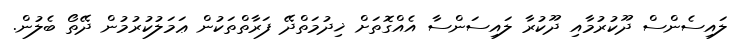
ލައިސެންސް ދޫކުރުމާއި ދޫކުރާ ލައިސަންސާ އެއްގޮތަށް ޚިދުމަތްދޭ ފަރާތްތަކުން ޢަމަލުކުރުމުން ދޭތޯ ބެލުން.